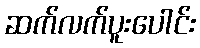
ဆက်လက်ပူးပေါင်း